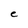
Character: e